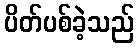
ပိတ်ပစ်ခဲ့သည်